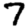
Digit: 7